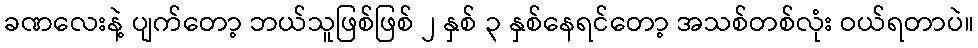
ခဏလေးနဲ့ ပျက်တော့ ဘယ်သူဖြစ်ဖြစ် ၂ နှစ် ၃ နှစ်နေရင်တော့ အသစ်တစ်လုံး ဝယ်ရတာပဲ။